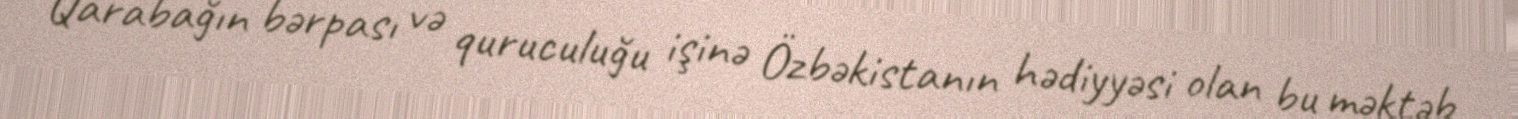
Qarabağın bərpası və quruculuğu işinə Özbəkistanın hədiyyəsi olan bu məktəb